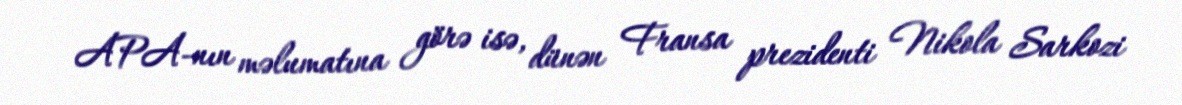
APA-nın məlumatına görə isə, dünən Fransa prezidenti Nikola Sarkozi